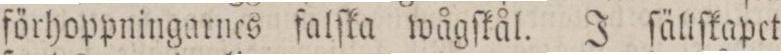
förhoppningarnes falſka wågſkål. J fällſkapet